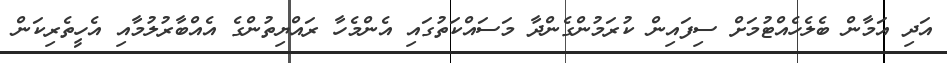
އަދި އަމާން ބެލެހެއްޓުމަށް ސިފައިން ކުރަމުންގެންދާ މަސައްކަތުގައި އެންމެހާ ރައްޔިތުންގެ އެއްބާރުލުމާއި އެހީތެރިކަން